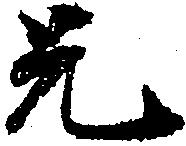
兄